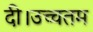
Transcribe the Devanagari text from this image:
दी।उच्चतम